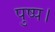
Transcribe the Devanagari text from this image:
पुष्प।